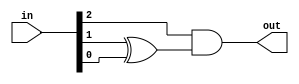
module inner(in, out);

input  [2:0] in;
output       out;

assign out = in[2] & (in[1] ^ in[0]);

endmodule

module top(in, out);

input  [8:0] in;
output       out;

wire   [2:0] c0, c1, c2;
assign {c0, c1, c2} = in;

wire   [2:0] iw;

inner i0(
    .in(c0),
    .out(iw[0])
);

inner i1(
    .in(c1),
    .out(iw[1])
);

inner i2(
    .in(c2),
    .out(iw[2])
);

inner i_final(
    .in(iw),
    .out(out)
);

endmodule